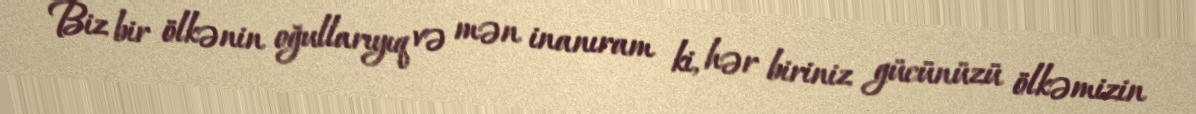
Biz bir ölkənin oğullarıyıq və mən inanıram ki, hər biriniz gücünüzü ölkəmizin